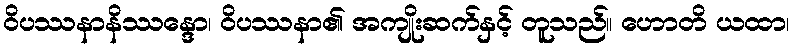
ဝိပဿနာနိဿန္ဒော၊ ဝိပဿနာ၏ အကျိုးဆက်နှင့် တူသည်။ ဟောတိ ယထာ၊